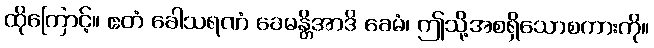
ထိုကြောင့်။ ဧတံ ခေါသရဏံ ခေမန္တိအာဒိ ခေမံ၊ ဤသို့အစရှိသောစကားကို။